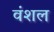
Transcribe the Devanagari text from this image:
वंशल